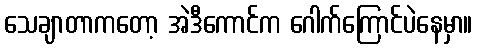
သေချာတာကတော့ အဲဒီကောင်က ဂေါက်ကြောင်ပဲနေမှာ။